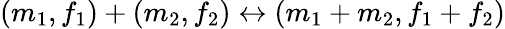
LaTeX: (m_{1},f_{1})+(m_{2},f_{2})\leftrightarrow(m_{1}+m_{2},f_{1}+f_{2})